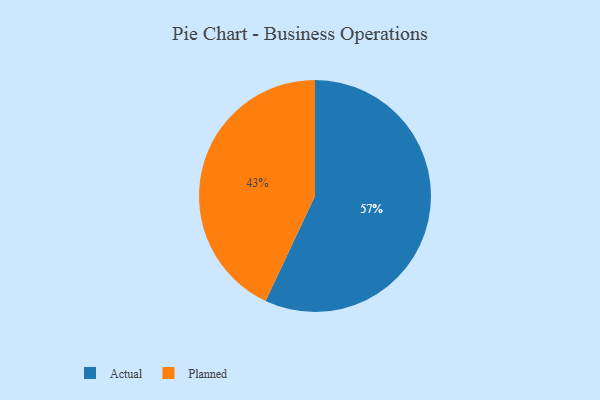
{"axis": {"x": "Category", "y": "Percentage"}, "legend": ["Actual", "Planned"], "data": [{"x": "Planned", "y": 43, "type": "Planned"}, {"x": "Actual", "y": 57, "type": "Actual"}]}